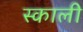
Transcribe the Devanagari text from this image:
स्काली